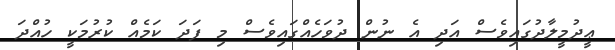
ޢީދުމީލާދުގައިވެސް އަދި އެ ނުން ދުވަހެއްގައިވެސް މި ފަދަ ކަމެއް ކުރުމަކީ ހުއްދަ